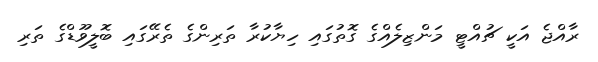
ރާއްޖެ އަކީ ޗުއްޓީ މަންޒިލެއްގެ ގޮތުގައި ހިޔާކުރާ ތަރިންގެ ތެރޭގައި ބޮލީވޫޑްގެ ތަރި